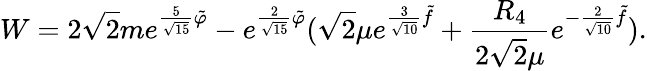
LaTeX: W=2\sqrt{2}me^{{\frac{5}{\sqrt{15}}}\tilde{\varphi}}-e^{{\frac{2}{\sqrt{15}}}\tilde{\varphi}}(\sqrt{2}\mu e^{{\frac{3}{\sqrt{10}}}\tilde{f}}+{\frac{R_{4}}{2\sqrt{2}\mu}}e^{-{\frac{2}{\sqrt{10}}}\tilde{f}}).